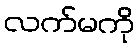
လက်မကို